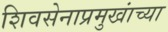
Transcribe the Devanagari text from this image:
शिवसेनाप्रमुखांच्या